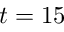
t = 1 5